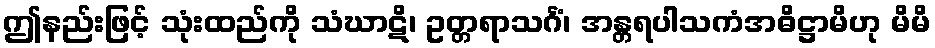
ဤနည်းဖြင့် သုံးထည်ကို သံဃာဋိ၊ ဥတ္တရာသင်္ဂံ၊ အန္တရပါသကံအဓိဋ္ဌာမိဟု မိမိ